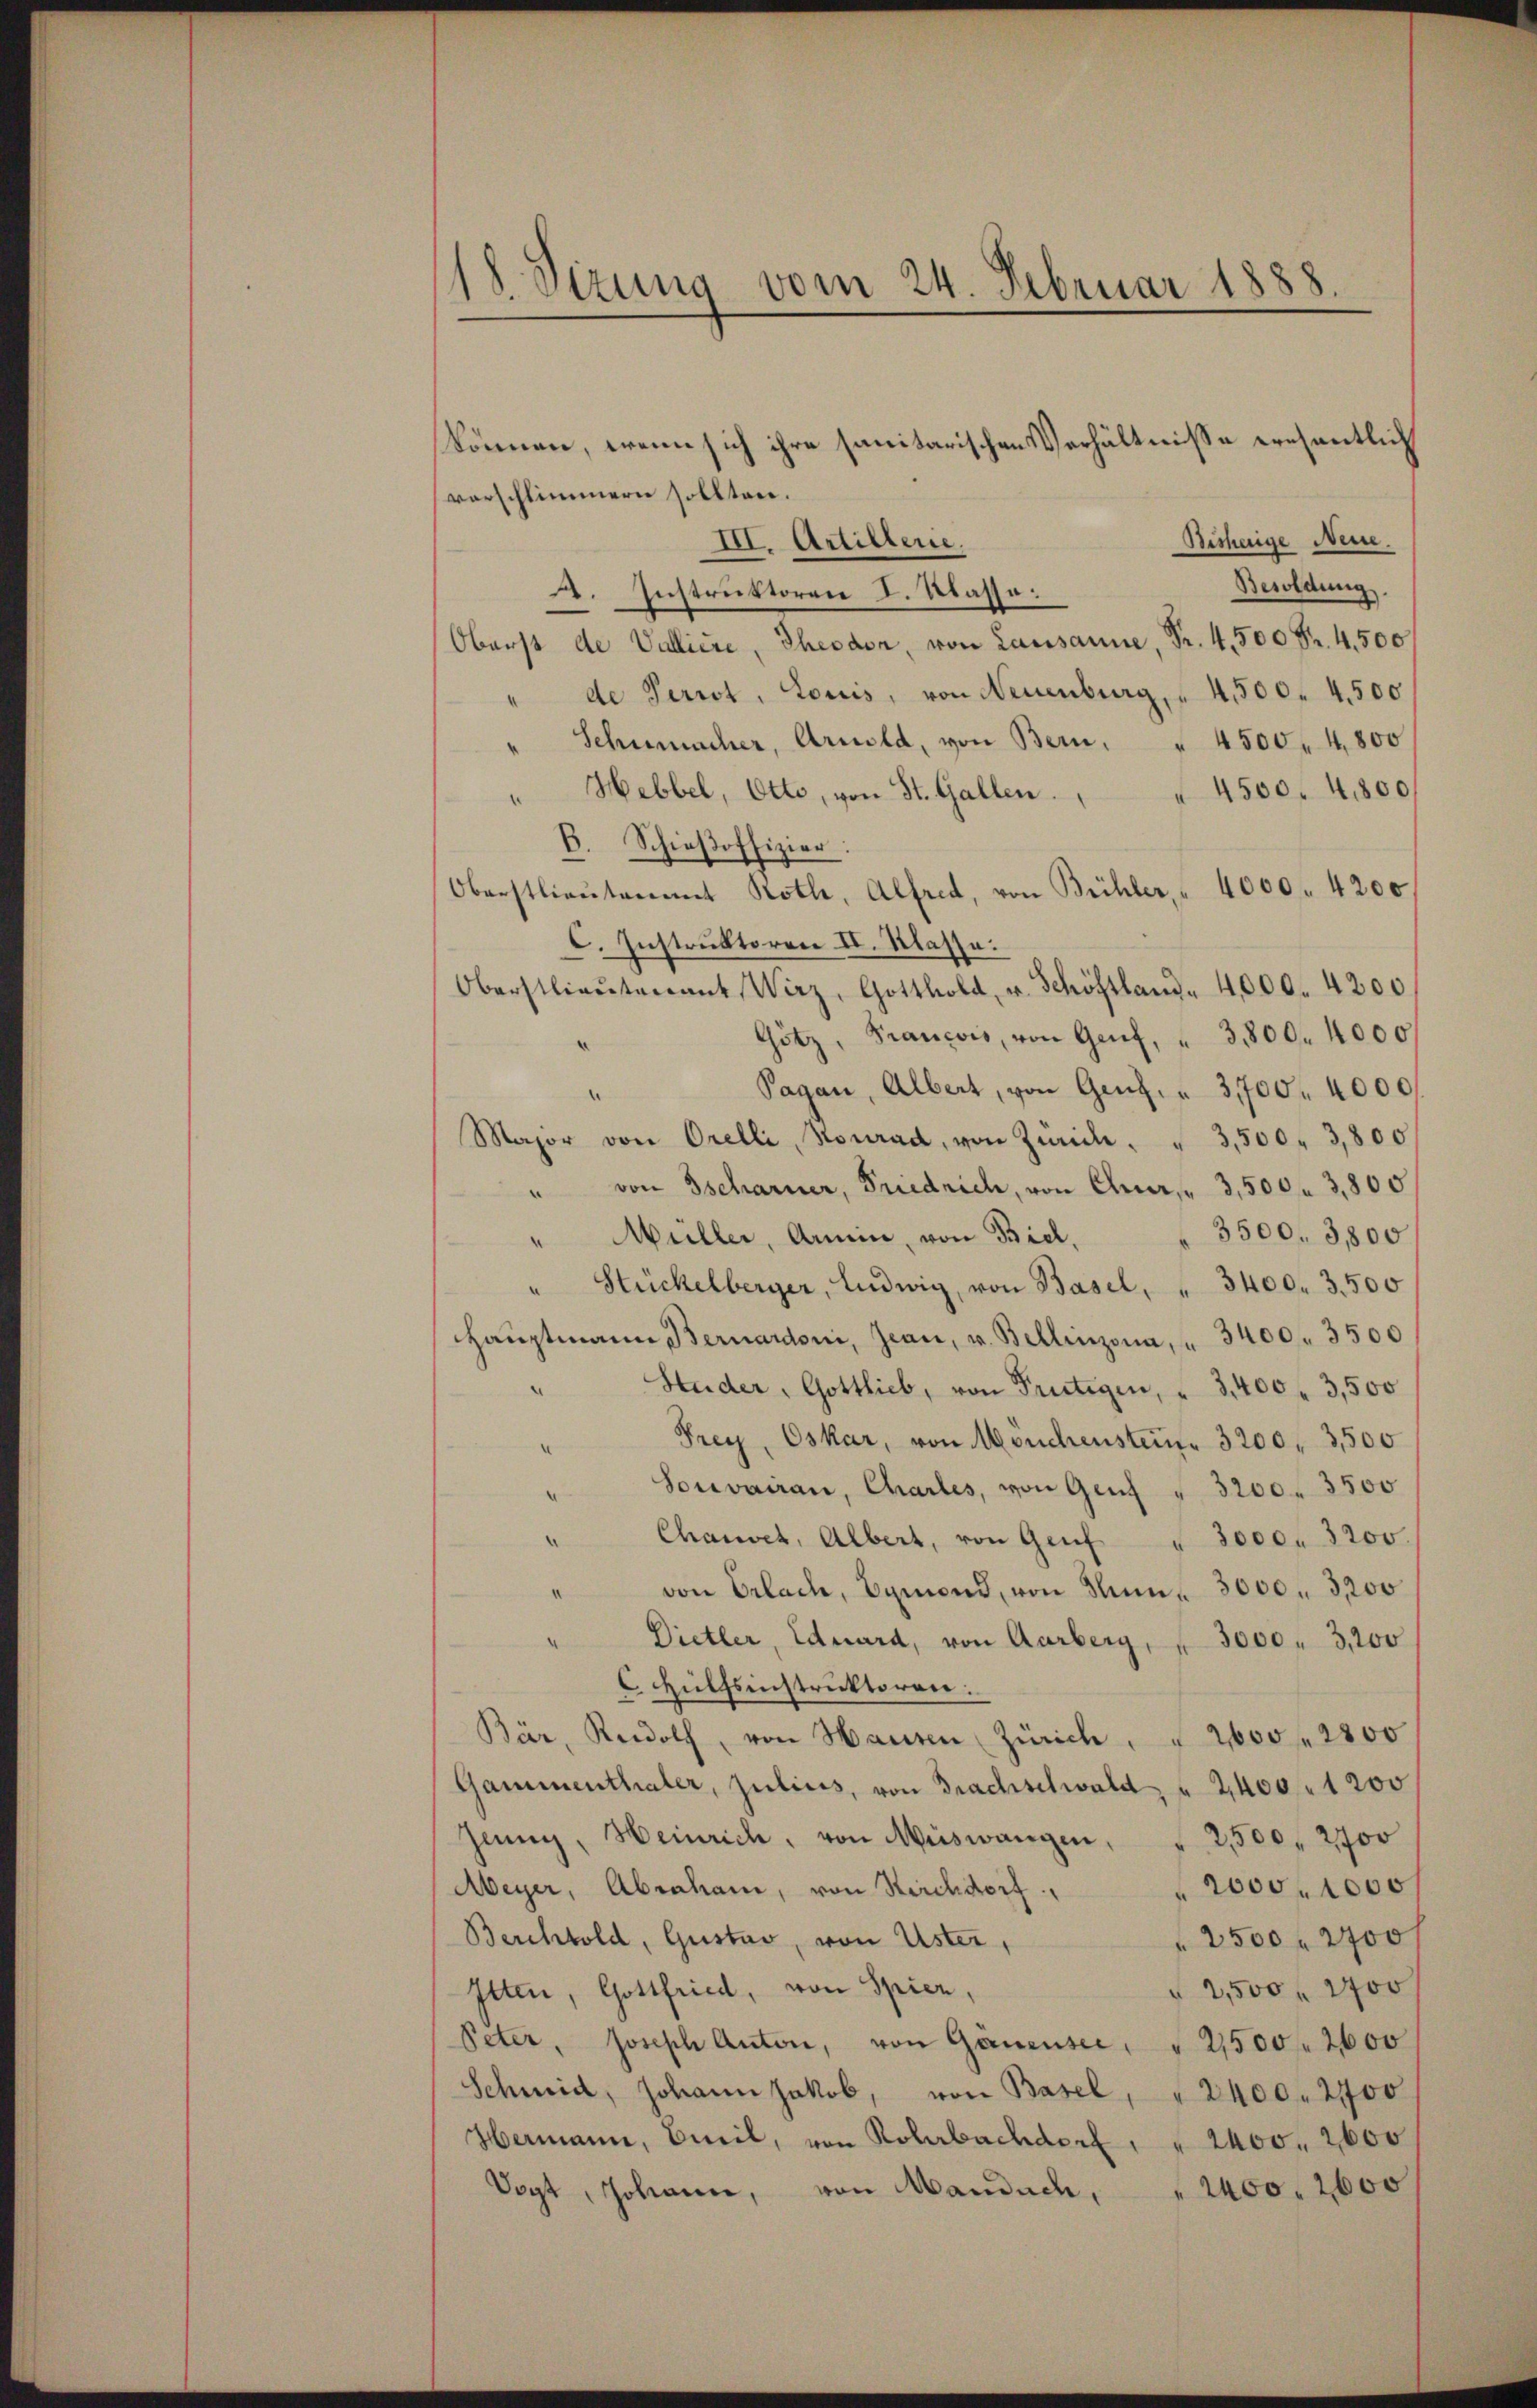
18. Sizung vom 24. Februar 1888.

können, wenn sich ihre sanitarischen Verhältnisse eresentlich
vorschlimmern sollten.
Besherige Nein.
III. Artillerie,
Besoldung
2. Instruktoren I. Klasse.
Oberst de Valliere, Theodor, von Lausanne, Fr. 4,500 Fr. 4. 500/
" de Perrot. Louis, von Neuenburg, " 4500. 4500
Schumacher, Arnold, von Bern, " 4500. 4800
4500. 4800
Hebbel, Otto, von St. Gallen.
.
B. Schieβoffizier:
Oberstlieutenannt Roth, Alfred, von Bühler, " 4000. 4200
C. Instruktoren II. Klasse.
Oberstlieutenant Wirz, Gotthold, u. Schöstland 4000. 4200
Götz, Francois, von Genf, " 3800. 4000
n
Pagan, Albert, von Genf. " 3,700. 4000.
Major von Orelli, Konrad, von Zürich. " 3,500 " 3,800
" von Tscharner, Friedrich, von Chur, 3,500 f 3,800
3500. 3800
" Müller, Armin, von Biel,
" Stückelberger, Ludwig, von Basel, " 3400. 3500
Hauptmann Bernardoni, Jean, u. Bellinzona, " 3400. 3500
Huder, Gottlieb, von Frutigen, " 3,400 " 3,500
Frey, Oskar, von Mönchenstein. 3200, 3500
Sonvairau, Charles, von Genf " 3200. 3500
Chauses, Albert, von Genf
3000. 3200.
von Erlach, Bymond, von Mann - 3000. 3200
Dietler, Eduard, von Aarberg, " 3000 " 3,200
C Hülfsinstruktoren.
Bär, Rudolf, von Hausen Zürich, § 2600 f 2800
Gammenthaler, Julius, von Brachselwald " 2400. 1200
Jenny, Heinrich, von Muswangen, § 2,500, 2700
2000. 1000
Meyer, Abrahami, von Reichdorf,
Berchtold, Gustav, von Uster,
2500 f 2400 f
Itten, Gottfried, von Spier,
" 2,500 f 2400
Peter, Joseph Anton, von Gauensee, " 21500 f 2600
Schmid, Johann Jakob, von Basel, " 2400. 2700
Hermann, Breil, von Rohrbachdorf, " 2400. 2600
Vogt, Johann, von Mandach, " 2400. 2600